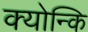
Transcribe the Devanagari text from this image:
क्योन्कि